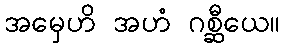
အမှေဟိ အဟံ ဂစ္ဆီယေ။